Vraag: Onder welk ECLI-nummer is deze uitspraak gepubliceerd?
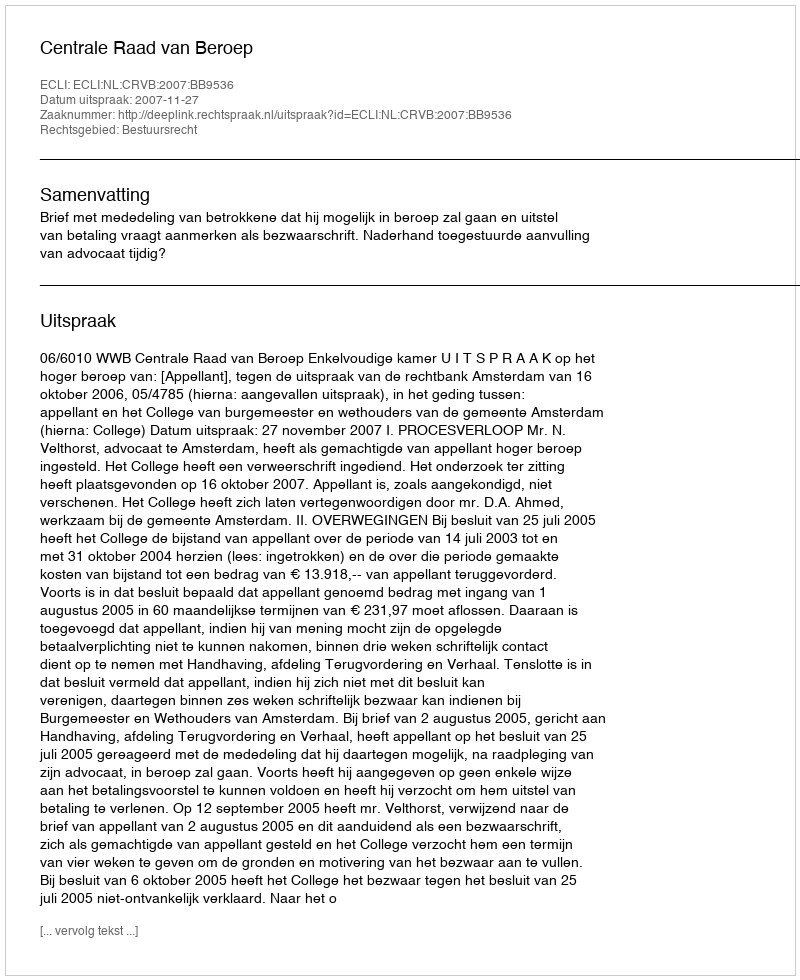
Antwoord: ECLI:NL:CRVB:2007:BB9536